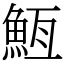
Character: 䱍